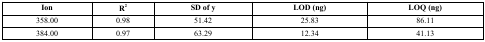
| Ion | R2 | SD of y | LOD (ng) | LOQ (ng) |
 | --- | --- | --- | --- | --- |
 | 358.00 | 0.98 | 51.42 | 25.83 | 86.11 |
 | 384.00 | 0.97 | 63.29 | 12.34 | 41.13 |